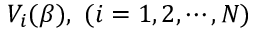
V _ { i } ( \beta ) , ~ ( i = 1 , 2 , \cdots , N )